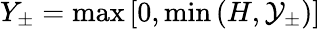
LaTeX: Y_{\pm}=\operatorname*{max}\left[0,\operatorname*{min}\left(H,\mathcal{Y}_{\pm}\right)\right]